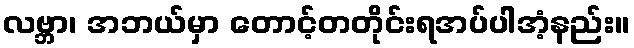
လဗ္ဘာ၊ အဘယ်မှာ တောင့်တတိုင်းရအပ်ပါအံ့နည်း။